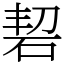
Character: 䂮